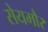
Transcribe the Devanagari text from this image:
सेयमौर